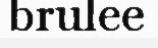
brulee